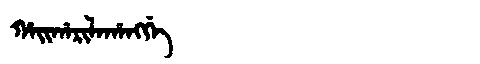
Manchu: ᡥᠠᡳᡥᠠᡵᡳᠯᠠᡥᠠᠩᡤᡝ
Romanization: HAIHARILAHANGGE